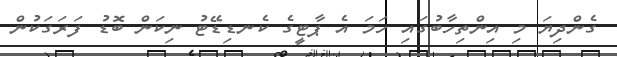
ގެންދިޔަ މި އިންތިހާބުގައި ހަމަ އެ ޕާޓީގެ ކެނޑިޑޭޓު ނިކަން ބޮޑު ފަރަގަކުން